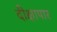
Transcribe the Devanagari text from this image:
दीक्षापार